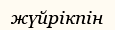
жүйрікпін